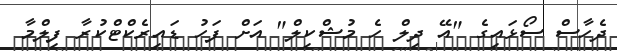
ދެހާސް ސޯޅައިގެ "އޭ ދިލް ހެ މުޝްކިލް" އަށް ފަހު ޑައިރެކްޓްކުރާ ފިލްމާ